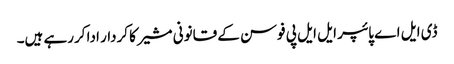
ڈی ایل اے پائپر ایل ایل پی فوسن کے قانونی مشیر کا کردار ادا کررہے ہیں۔